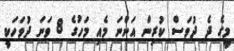
މީގެ ދެ ދުވަސް ކުރިން އަންނަ މެއި މަހުގެ 8 ވަނަ ދުވަހަކީ